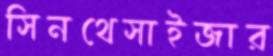
সিনথেসাইজার